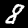
Label: 8